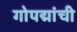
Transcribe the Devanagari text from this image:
गोपद्मांची